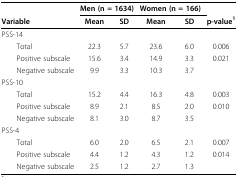
<table><thead><tr><td>[EMPTY_CELL]</td><td colspan="2"><b>Men (n = 1634)</b></td><td colspan="2"><b>Women (n = 166)</b></td><td>[EMPTY_CELL]</td></tr><tr><td><b>Variable</b></td><td><b>Mean</b></td><td><b>SD</b></td><td><b>Mean</b></td><td><b>SD</b></td><td><b>p-value<sup>1</sup></b></td></tr></thead><tbody><tr><td>PSS-14</td><td>[EMPTY_CELL]</td><td>[EMPTY_CELL]</td><td>[EMPTY_CELL]</td><td>[EMPTY_CELL]</td><td>[EMPTY_CELL]</td></tr><tr><td> Total</td><td>22.3</td><td>5.7</td><td>23.6</td><td>6.0</td><td>0.006</td></tr><tr><td> Positive subscale</td><td>15.6</td><td>3.4</td><td>14.9</td><td>3.3</td><td>0.021</td></tr><tr><td> Negative subscale</td><td>9.9</td><td>3.3</td><td>10.3</td><td>3.7</td><td>[EMPTY_CELL]</td></tr><tr><td>PSS-10</td><td>[EMPTY_CELL]</td><td>[EMPTY_CELL]</td><td>[EMPTY_CELL]</td><td>[EMPTY_CELL]</td><td>[EMPTY_CELL]</td></tr><tr><td> Total</td><td>15.2</td><td>4.4</td><td>16.3</td><td>4.8</td><td>0.003</td></tr><tr><td> Positive subscale</td><td>8.9</td><td>2.1</td><td>8.5</td><td>2.0</td><td>0.010</td></tr><tr><td> Negative subscale</td><td>8.1</td><td>3.0</td><td>8.7</td><td>3.5</td><td>[EMPTY_CELL]</td></tr><tr><td>PSS-4</td><td>[EMPTY_CELL]</td><td>[EMPTY_CELL]</td><td>[EMPTY_CELL]</td><td>[EMPTY_CELL]</td><td>[EMPTY_CELL]</td></tr><tr><td> Total</td><td>6.0</td><td>2.0</td><td>6.5</td><td>2.1</td><td>0.007</td></tr><tr><td> Positive subscale</td><td>4.4</td><td>1.2</td><td>4.3</td><td>1.2</td><td>0.014</td></tr><tr><td> Negative subscale</td><td>2.5</td><td>1.2</td><td>2.7</td><td>1.3</td><td>[EMPTY_CELL]</td></tr></tbody></table>